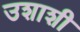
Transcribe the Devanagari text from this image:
उशाशी